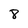
Character: 8